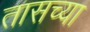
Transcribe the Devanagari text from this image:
तासच्या